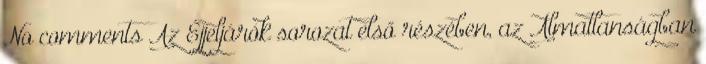
No comments Az Éjjeljárók sorozat első részében, az Álmatlanságban